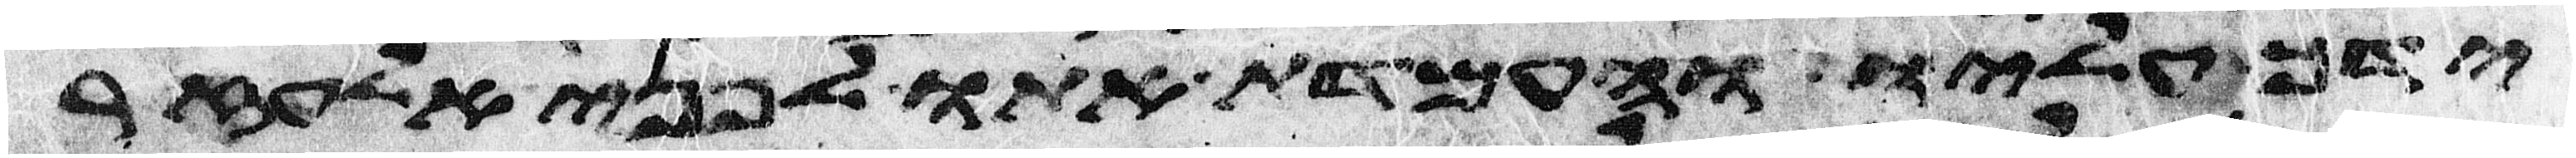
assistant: ידך עליו והעמדת אתו לפני אלעזר